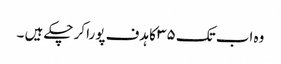
وہ اب تک ۳۵ کا ہدف پورا کر چکے ہیں ۔